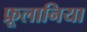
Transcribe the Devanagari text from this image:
फ्रूलानिया